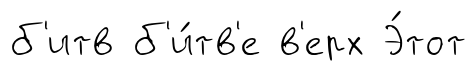
б'итв б'и́тв'е в'ерх Э́тот